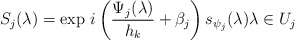
\begin{align*} S_j(\lambda) = \exp \, i \left( \frac{\Psi_j(\lambda)}{h_k} + \beta_j \right)s_{\psi_j}(\lambda) \lambda \in U_j\end{align*}